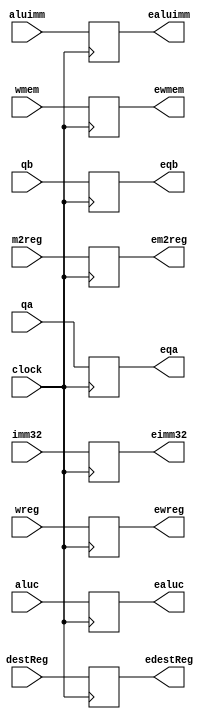
module idexe_pipeline_register(
    input wreg,
    input m2reg,
    input wmem,
    input [3:0] aluc,
    input aluimm,
    input [4:0] destReg,
    input [31:0] qa,
    input [31:0] qb,
    input [31:0] imm32,
    input clock,
    output reg ewreg,
    output reg em2reg,
    output reg ewmem,
    output reg [3:0] ealuc,
    output reg ealuimm,
    output reg [4:0] edestReg,
    output reg [31:0] eqa,
    output reg [31:0] eqb,
    output reg [31:0] eimm32
    );
    always @(posedge clock) begin
        ewreg  <= wreg;
        em2reg <= m2reg;
        ewmem  <= wmem;
        ealuc  <= aluc;
        ealuimm   <= aluimm;
        edestReg <= destReg;
        eqa <= qa;
        eqb <= qb;
        eimm32 = imm32;
    end
    
endmodule